Vaccination in the Punjab 1897-1904 - 1897-1904
Year: 1897
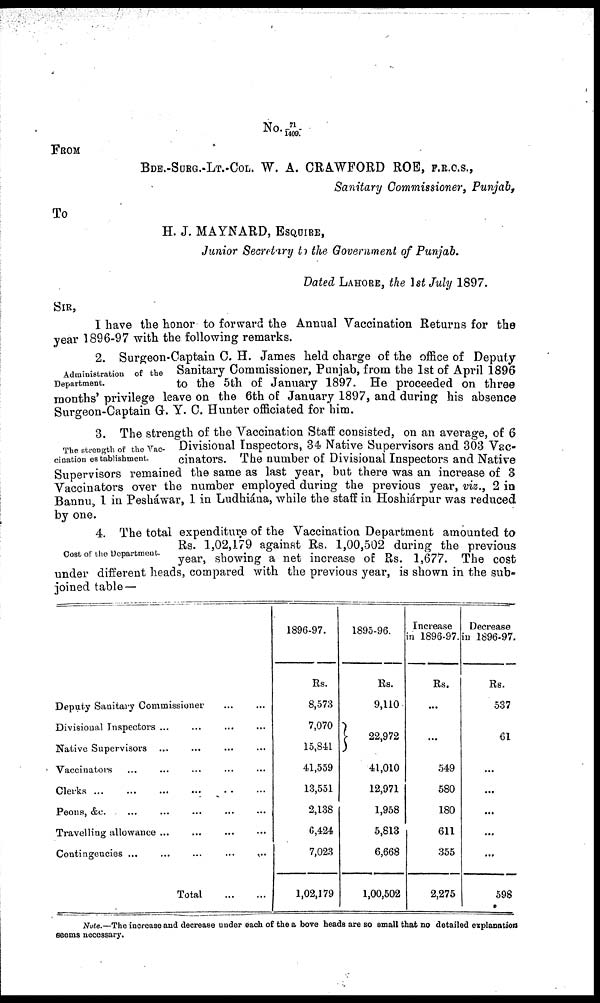
No.71/1409.
FROM
BDE.-SURG.-LT.-COL. W. A. CRAWFORD ROE, F.R.C.S.,
Sanitary Commissioner, Punjab,
To
H. J. MAYNARD, ESQUIRE,
Junior Secretury to the Government of Punjab.
Dated LAHORE, the 1st July 1897.
SIR,
I have the honor to forward the Annual Vaccination Returns for the
year 1896-97 with the following remarks.
Administration of the
Department.
2. Surgeon-Captain C. H. James held charge of the office of Deputy-
Sanitary Commissioner, Punjab, from the 1st of April 1896
to the 5th of January 1897. He proceeded on three
months' privilege leave on the 6th of January 1897, and during his absence
Surgeon-Captain G. Y. C. Hunter officiated for him.
The strength of the Vac-
cination establishment.
3. The strength of the Vaccination Staff consisted, on an average, of 6
Divisional Inspectors, 34 Native Supervisors and 303 Vac-
cinators. The number of Divisional Inspectors and Native
Supervisors remained the same as last year, but there was an increase of 3
Vaccinators over the number employed during the previous year, viz., 2 in
Bannu, 1 in Pesháwar, 1 in Ludhiána, while the staff in Hoshiárpur was reduced
by one.
Cost of the Department.
4. The total expenditure of the Vaccination Department amounted to
Rs. 1,02,179 against Rs. 1,00,502 during the previous
year, showing a net increase of Rs. 1,677. The cost
under different heads, compared with the previous year, is shown in the sub-
joined table —
Deputy Sanitary Commissioner
...
...
Divisional Inspectors ... ...
Native Supervisors ... ...
Vaccinators ... ...
Clerks
...
...
Peons, &c. ... ...
Travelling allowance ... ...
Contingencies
...
...
Total
...
...
1896-97.
Rs.
8,573
7,070
15,841
41,559
13,551
2,138
6,424
7,023
1,02,179
1895-96.
Rs.
9,110
22,972
41,010
12,971
1,958
5,813
6,668
1,00,502
Increase
in 1896-97.
Rs.
...
...
549
580
180
611
355
2,275
Decrease
in 1896-97.
Rs.
537
61
..
...
...
...
...
598
Note.—The increase and decrease under each of the a bove heads are so small that no detailed explanation
seems necessary.